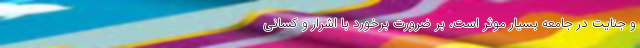
و جنایت در جامعه بسیار موثر است، بر ضرورت برخورد با اشرار و کسانی